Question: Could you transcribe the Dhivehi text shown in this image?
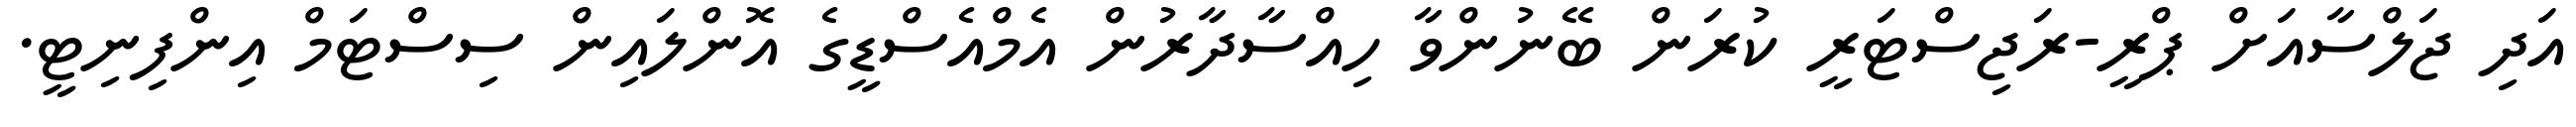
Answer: އަދި ޖަލްސާއަށް ޕްރީ-ރަޖިސްޓަރީ ކުރަން ބޭނުންވާ ހިއްސާދާރުން އެމްއެސްޑީގެ އޮންލައިން ސިސްޓަމް އިންފިނިޓީ.